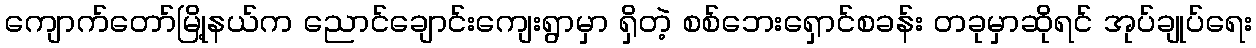
ကျောက်တော်မြို့နယ်က ညောင်ချောင်းကျေးရွာမှာ ရှိတဲ့ စစ်ဘေးရှောင်စခန်း တခုမှာဆိုရင် အုပ်ချုပ်ရေး